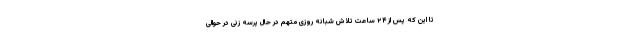
تا این که پس از ۲۴ ساعت تلاش شبانه روزی متهم در حال پرسه زنی در حوالی